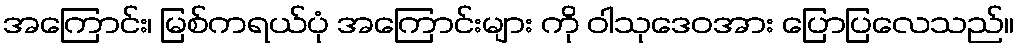
အကြောင်း၊ မြစ်ကရယ်ပုံ အကြောင်းများ ကို ဝါသုဒေဝအား ပြောပြလေသည်။